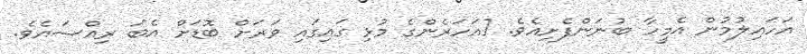
އަހައިލުމުން އެމީހާ ބުނަންފެށިއެވެ. [އަހަރެންގެ މުޅި ގައިގައި ވަރަށް ބޮޑަށް އެބަ ރިއްސައެވެ.